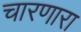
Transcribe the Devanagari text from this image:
चारणारा